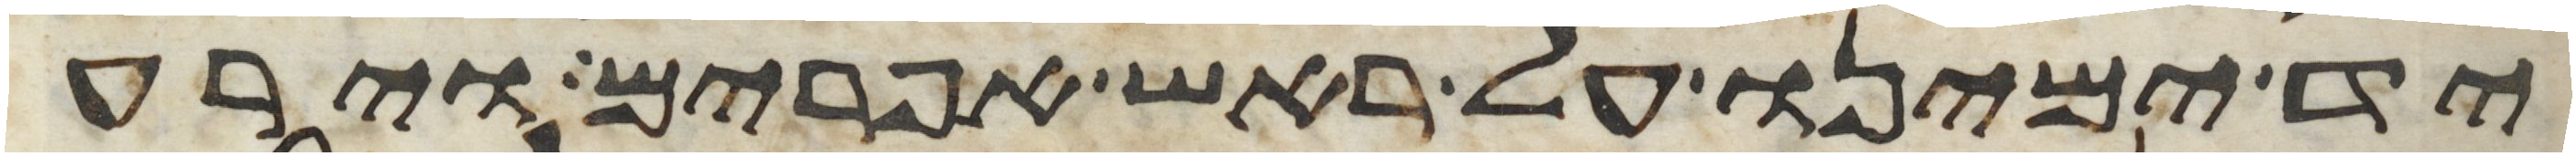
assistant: יד ימינו על ראש אפרים וירע